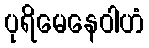
ပုရိမေနေဝါဟံ